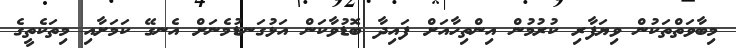
މިބާވަތްތަކުން ވިޔަފާރި ކުރުމުން އިންތިހާއަށް ފައިދާ ބޮޑުވާކަން އަޅުގަނޑުމެނަށް އެނގޭ ކަމަށާއި މިތަކެތީގެ